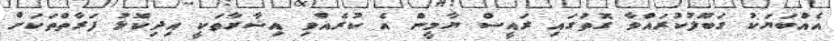
އެއްބަޔަކު ގަބޫލުކުރައްވާ ގޮތުގައި ރައީސް ޔާމީން އެ ކުރެއްވި އިޝާރާތަކީ އިދިކޮޅު ފަރާތްތަކަށް